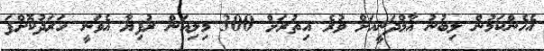
އެހެންކަމުން ލިބުނު އާމްދަނީއަށް ވުރެ އިތުރަށް 300 މިލިއަން ރުފިޔާ އެވަނީ ހަރަދުކޮށްފަ